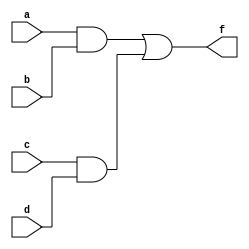
`timescale 1ns / 1ps
//////////////////////////////////////////////////////////////////////////////////
// Company: 
// Engineer: 
// 
// Design Name: 
// Module Name:    taskv 
// Project Name: 
// Target Devices: 
// Tool versions: 
// Description: 
//
// Dependencies: 
//
// Revision: 
// Revision 0.01 - File Created
// Additional Comments: 
//
//////////////////////////////////////////////////////////////////////////////////
module taskv(
    input a,
    input b,
    input c,
    input d,
    output f
    );

assign f=(a&b)|(c&d);
endmodule